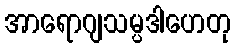
အာရောဂျသမ္ပဒါဟေတု